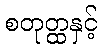
စတုတ္ထနှင့်